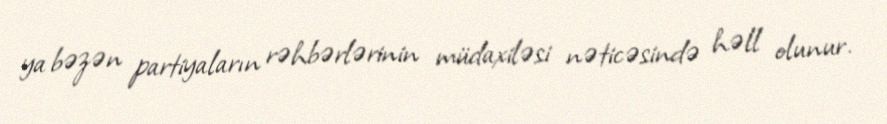
ya bəzən partiyaların rəhbərlərinin müdaxiləsi nəticəsində həll olunur.